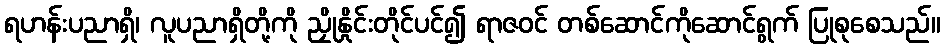
ရဟန်းပညာရှိ၊ လူပညာရှိတို့ကို ညှိုနှိုင်းတိုင်ပင်၍ ရာဇဝင် တစ်ဆောင်ကိုဆောင်ရွက် ပြုစုစေသည်။